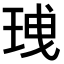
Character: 𤥟